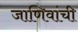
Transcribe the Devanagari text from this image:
जाणिवांची